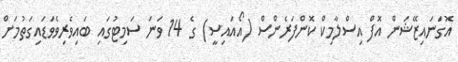
އޮގަނައިޒޭޝަން އޮފް އިސްލާމިކް ކޮންފަރެންސް (އޯއައިސީ) ގެ 14 ވަނަ ސަމިޓުގައި ބައިވެރިވެވަޑައިގަތުމަށް